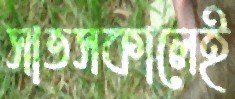
সাতসকালেই